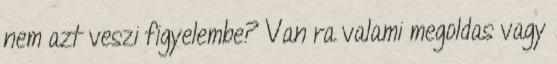
nem azt veszi figyelembe? Van ra valami megoldas vagy